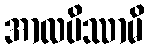
အာလပိဿာမိ